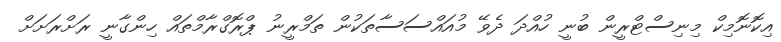
އިކޮނޮމިކް މިނިސްޓްރީން ބުނީ ހުއްދަ ދެވޭ މުއައްސަސާތަކުން ތަމްރީނު ޕްރޮގްރާމްތައް ހިންގާނީ ރަށްރަށަށް